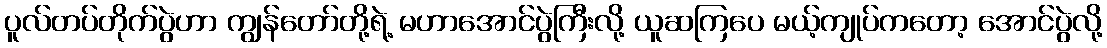
ပူလ်တပ်တိုက်ပွဲဟာ ကျွန်တော်တို့ရဲ့ မဟာအောင်ပွဲကြီးလို့ ယူဆကြပေ မယ့်ကျုပ်ကတော့ အောင်ပွဲလို့